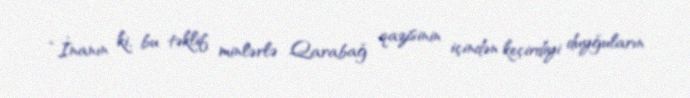
“İnanın ki, bu təklif minlərlə Qarabağ qazisinin içindən keçirdiyi duyğuların